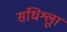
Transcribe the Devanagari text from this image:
संधिश्लूा